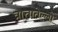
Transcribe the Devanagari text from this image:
त्रात्तातेल्लो